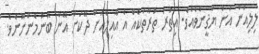
ލިލިއަން އަށް ޔަޤީންވެއެވެ. އިތުރު ތުރާތަކެއް އެ އާއިލާއަށް ދޭކަށް އޭނާ ބޭނުމެންނޫނެވެ.